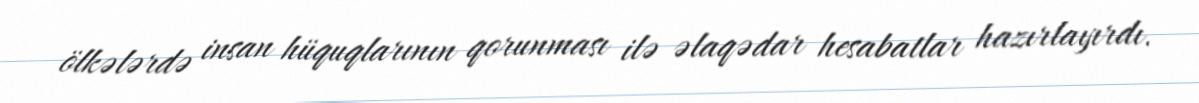
ölkələrdə insan hüquqlarının qorunması ilə əlaqədar hesabatlar hazırlayırdı.